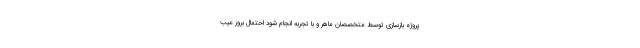
پروژه بازسازی توسط متخصصان ماهر و با تجربه انجام شود احتمال بروز عیب